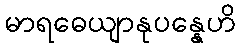
မာရဓေယျာနုပန္နေဟိ